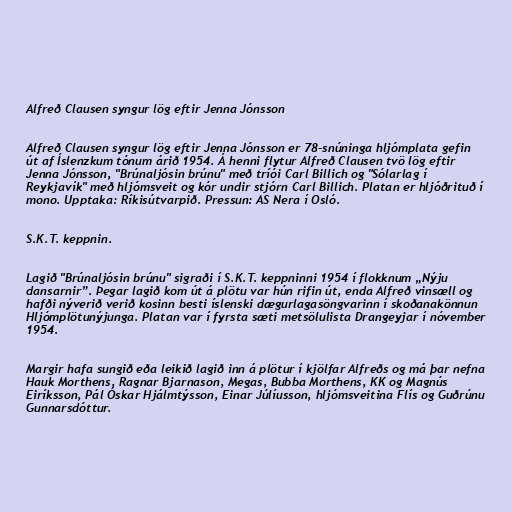
Alfreð Clausen syngur lög eftir Jenna Jónsson

Alfreð Clausen syngur lög eftir Jenna Jónsson er 78-snúninga hljómplata gefin
út af Íslenzkum tónum árið 1954. Á henni flytur Alfreð Clausen tvö lög eftir
Jenna Jónsson, "Brúnaljósin brúnu" með tríói Carl Billich og "Sólarlag í
Reykjavík" með hljómsveit og kór undir stjórn Carl Billich. Platan er hljóðrituð í
mono. Upptaka: Ríkisútvarpið. Pressun: AS Nera í Osló.

S.K.T. keppnin.

Lagið "Brúnaljósin brúnu" sigraði í S.K.T. keppninni 1954 í flokknum „Nýju
dansarnir”. Þegar lagið kom út á plötu var hún rifin út, enda Alfreð vinsæll og
hafði nýverið verið kosinn besti íslenski dægurlagasöngvarinn í skoðanakönnun
Hljómplötunýjunga. Platan var í fyrsta sæti metsölulista Drangeyjar í nóvember
1954.

Margir hafa sungið eða leikið lagið inn á plötur í kjölfar Alfreðs og má þar nefna
Hauk Morthens, Ragnar Bjarnason, Megas, Bubba Morthens, KK og Magnús
Eiríksson, Pál Óskar Hjálmtýsson, Einar Júlíusson, hljómsveitina Flís og Guðrúnu
Gunnarsdóttur.